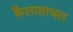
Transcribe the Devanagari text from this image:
कैलाशाचल